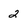
Character: 2